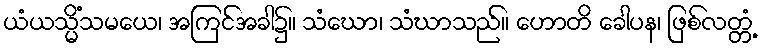
ယံယသ္မိံသမယေ၊ အကြင်အခါ၌။ သံဃော၊ သံဃာသည်။ ဟောတိ ခေါပန၊ ဖြစ်လတ္တံ့